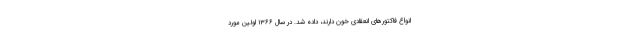
انواع فاکتورهای انعقادی خون دارند، داده شد. در سال ۱۳۶۶ اولین مورد